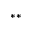
* *